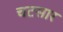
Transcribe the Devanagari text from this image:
चटसार